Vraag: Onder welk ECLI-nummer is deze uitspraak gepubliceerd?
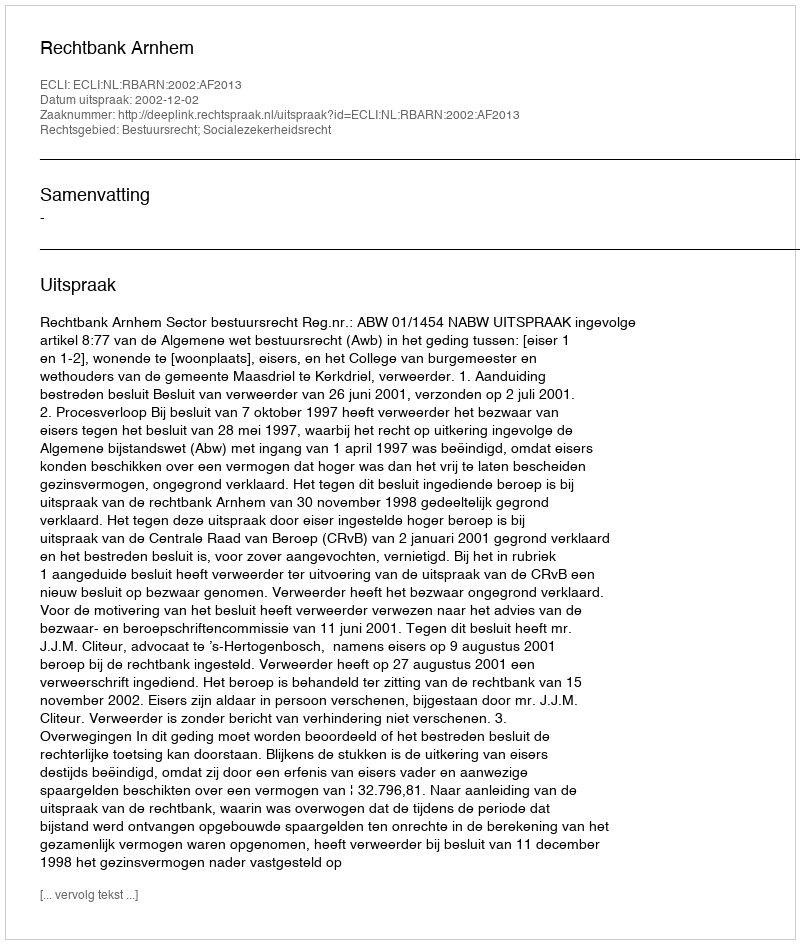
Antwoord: ECLI:NL:RBARN:2002:AF2013